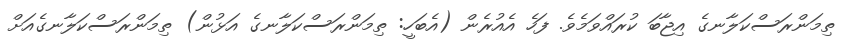
ތިމަންރަސްކަލާނގެ އިޖާބަ ކުރައްވަމެވެ. ފަހެ އެއުރެން (އެބަހީ: ތިމަންރަސްކަލާނގެ އަޅުން) ތިމަންރަސްކަލާނގެއަށް